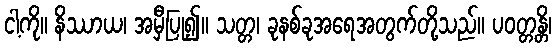
ငါ့ကို။ နိဿာယ၊ အမှီပြု၍။ သတ္တ၊ ခုနစ်ခုအရေအတွက်တို့သည်။ ပဝတ္တန္တိ၊